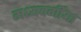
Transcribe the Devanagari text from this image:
मध्यवर्गीया